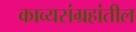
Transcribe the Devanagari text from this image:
काव्यसंग्रहांतील